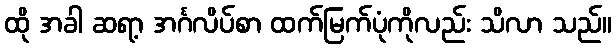
ထို အခါ ဆရာ့ အင်္ဂလိပ်စာ ထက်မြက်ပုံကိုလည်း သိလာ သည်။